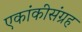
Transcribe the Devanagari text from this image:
एकांकीसंग्रह